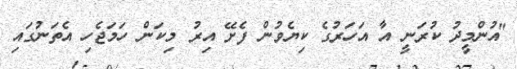
"އުންމީދު ކުރަނީ އާ އަހަރުގެ ކިޔެވުން ފެށޭ އިރު މިކަން ހަމަޖެހި އެތަނުގައި